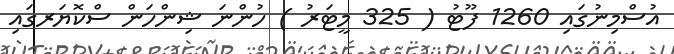
އުސްމިނުގައި 1260 ފޫޓު ( 325 މީޓަރު ) ހުންނަ ޝިންހަން ސްކޮޔަރގައި